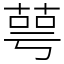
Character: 萼